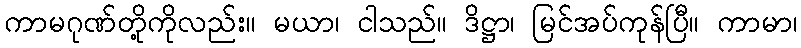
ကာမဂုဏ်တို့ကိုလည်း။ မယာ၊ ငါသည်။ ဒိဋ္ဌာ၊ မြင်အပ်ကုန်ပြီ။ ကာမာ၊